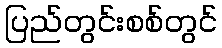
ပြည်တွင်းစစ်တွင်